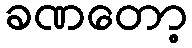
ခဏတော့